Annual report on the Civil Veterinary Department, Burma (including the Insein Veterinary School) - 1923-1931
Year: 1923
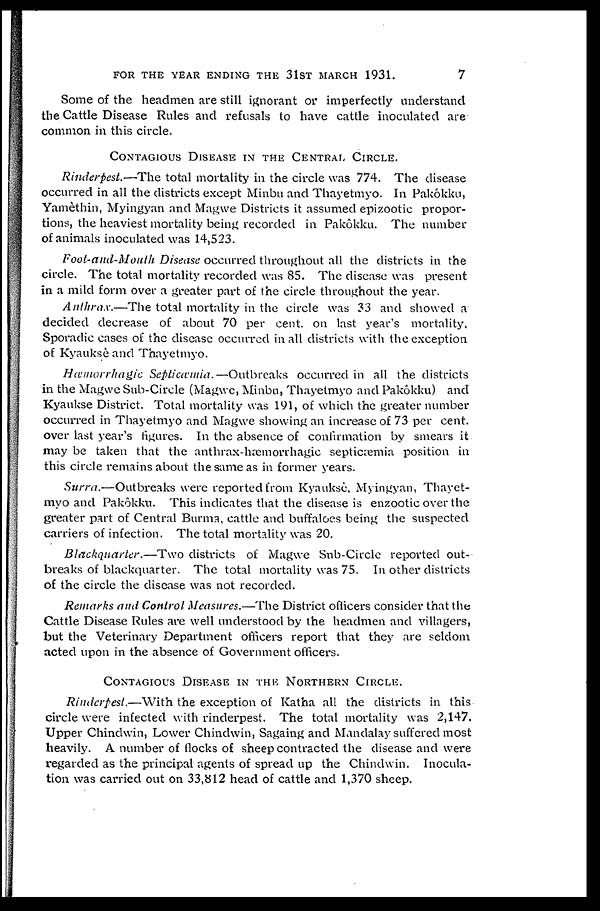
FOR THE YEAR ENDING THE 31ST MARCH 1931.
7
Some of the headmen are still ignorant or imperfectly understand
the Cattle Disease Rules and refusals to have cattle inoculated are
common in this circle.
CONTAGIOUS DISEASE IN THE CENTRAL CIRCLE.
Rinderpest.—The total mortality in the circle was 774. The disease
occurred in all the districts except Minbu and Thayetmyo. In Pakókku,
Yamèthin, Myingyan and Magwe Districts it assumed epizootic propor-
tions, the heaviest mortality being recorded in Pakôkku. The number
of animals inoculated was 14,523.
Foot-and-Mouth Disease occurred throughout all the districts in the
circle. The total mortality recorded was 85. The disease was present
in a mild form over a greater part of the circle throughout the year.
Anthrax.—The total mortality in the circle was 33 and showed a
decided decrease of about 70 per cent. on last year's mortality
Sporadic cases of the disease occurred in all districts with the exception
of Kyauksè and Thayetmyo.
Hæmorrhagic Septicæmia.—Outbreaks occurred in all the districts
in the Magwe Sub-Circle (Magwe, Minbu, Thayetmyo and Pakôkku) and
Kyaukse District. Total mortality was 191, of which the greater number
occurred in Thayetmyo and Magwe showing an increase of 73 per cent.
over last year's figures. In the absence of confirmation by smears it
may be taken that the anthrax-hæmorrhagic septicæmia position in
this circle remains about the same as in former years.
Surra.—Outbreaks were reported from Kyaukse, Myingyan, Thayet-
myo and Pakôkku. This indicates that the disease is enzootic over the
greater part of Central Burma, cattle and buffaloes being the suspected
carriers of infection. The total mortality was 20.
Blackquarter.—Two districts of Magwe Sub-Circle reported out-
breaks of blackquarter. The total mortality was 75. In other districts
of the circle the disease was not recorded.
Remarks and Control Measures.—The District officers consider that the
Cattle Disease Rules are well understood by the headmen and villagers,
but the Veterinary Department officers report that they are seldom
acted upon in the absence of Government officers.
CONTAGIOUS DISEASES IN THE NORTHERN CIRCLE.
Rinderpest.—With the exception of Katha all the districts in this
circle were infected with rinderpest. The total mortality was 2,147.
Upper Chindwin, Lower Chindwin, Sagaing and Mandalay suffered most
heavily. A number of flocks of sheep contracted the disease and were
regarded as the principal agents of spread up the Chindwin. Inocula-
tion was carried out on 33,812 head of cattle and 1,370 sheep.